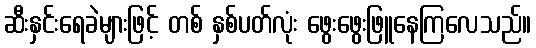
ဆီးနှင်းရေခဲများဖြင့် တစ် နှစ်ပတ်လုံး ဖွေးဖွေးဖြူနေကြလေသည်။